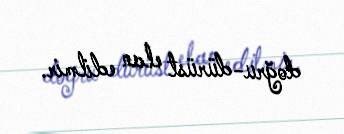
doğru-dürüst elan edilmir.